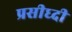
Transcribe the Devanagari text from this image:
प्रसीध्दी